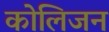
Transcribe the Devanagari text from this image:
कोलिजन